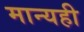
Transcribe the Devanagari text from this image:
मान्यही